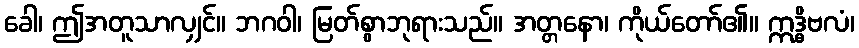
ခေါ၊ ဤအတူသာလျှင်။ ဘဂဝါ၊ မြတ်စွာဘုရားသည်။ အတ္တနော၊ ကိုယ်တော်၏။ ဣဒ္ဓိဗလံ၊